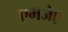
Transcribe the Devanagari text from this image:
एमजेए